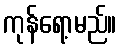
ကုန်ရော့မည်။